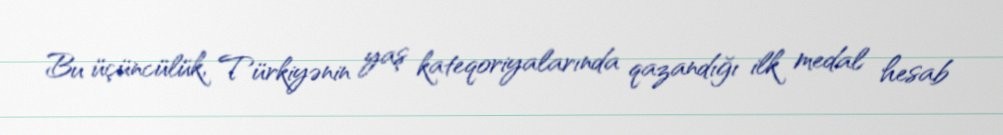
Bu üçüncülük, Türkiyənin yaş kateqoriyalarında qazandığı ilk medal hesab